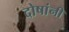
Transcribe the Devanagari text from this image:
दोषांनी